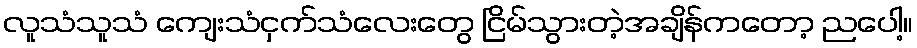
လူသံသူသံ ကျေးသံငှက်သံလေးတွေ ငြိမ်သွားတဲ့အချိန်ကတော့ ညပေါ့။